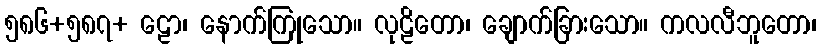
၅၈၆+၅၈၇+ ဠော၊ နောက်ကြုသော။ လုဠိတော၊ ချောက်ခြားသော။ ကလလီဘူတော၊